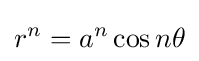
r^{n}=a^{n}\cos n\theta